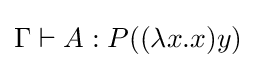
\Gamma \vdash A:P((\lambda x.x)y)